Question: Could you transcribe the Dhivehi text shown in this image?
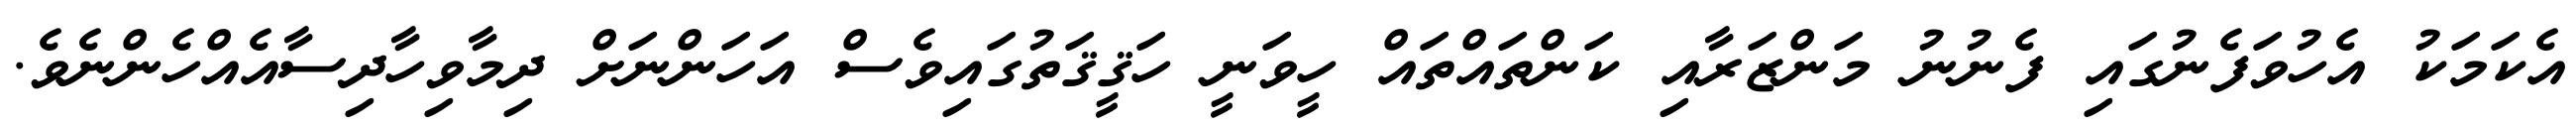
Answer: އެކަމަކު އެހުވަފެނުގައި ފެނުނު މަންޒަރާއި ކަންތައްތައް ހީވަނީ ހަޤީޤަތުގައިވެސް އަހަންނަށް ދިމާވިހާދިސާއެއްހެންނެވެ.